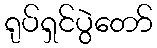
ရုပ်ရှင်ပွဲတော်